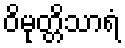
ဝိမုတ္တိသာရံ